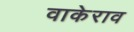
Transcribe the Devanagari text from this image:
वाकेराव